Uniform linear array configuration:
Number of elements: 32
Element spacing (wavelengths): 1
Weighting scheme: hann
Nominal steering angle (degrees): -60
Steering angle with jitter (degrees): -59.626
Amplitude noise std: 0.05
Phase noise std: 0.05

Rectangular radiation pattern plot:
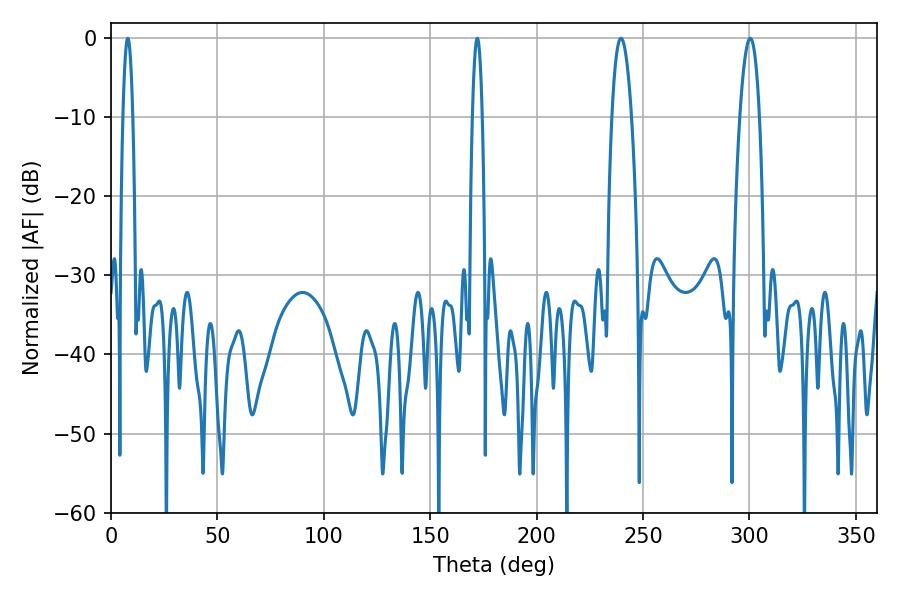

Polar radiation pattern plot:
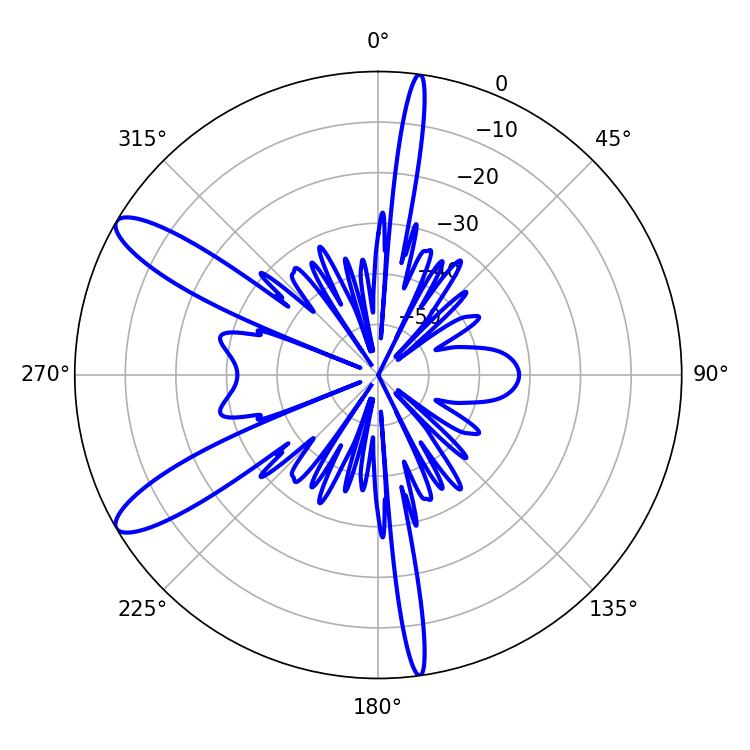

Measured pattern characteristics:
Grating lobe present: TRUE
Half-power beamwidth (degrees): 5.04
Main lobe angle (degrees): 239.58